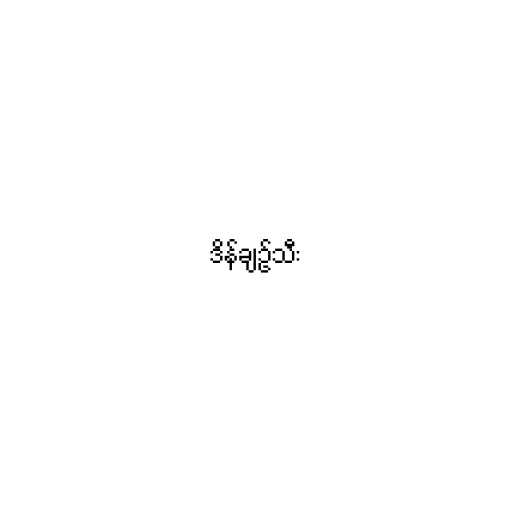
ဒိန်ချဉ်သီး